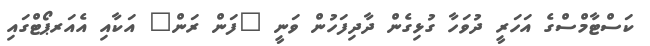
ކަސްޓާމްސްގެ އަހަރީ ދުވަހާ ގުޅިގެން ދާދިފަހުން ވަނީ "ފަން ރަން" އަކާއި އެއަރޕޯޓްގައި